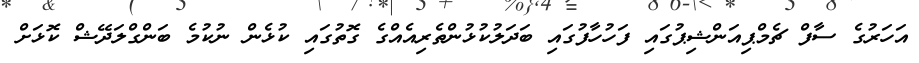
އަހަރުގެ ސާފް ޗެމްޕިއަންޝިޕުގައި ފަހުހާފުގައި ބަދަލުކުޅުންތެރިއެއްގެ ގޮތުގައި ކުޅެން ނުކުމެ ބަންގްލަދޭޝް ކޮޅަށް